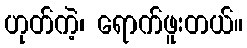
ဟုတ်ကဲ့၊ ရောက်ဖူးတယ်။